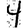
Digit: 4